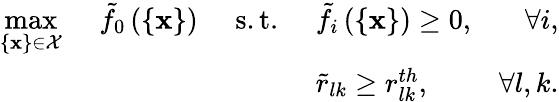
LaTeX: \begin{array}{rlrlr}{\underset{\{ \mathbf{x}\} \in\mathcal{X}}{\operatorname*{max}}\, \, }&{\tilde{f}_{0}\left(\left\{ \mathbf{x}\right\} \right)}&{\, \, \mathrm{s.t.}\, \, }&{\tilde{f}_{i}\left(\left\{ \mathbf{x}\right\} \right)\geq 0,}&{\forall i,}\\ &{}&&{\tilde{r}_{lk}\geq r_{lk}^{th},}&{\forall l,k.}\end{array}